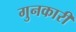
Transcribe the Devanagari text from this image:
गुनकारी